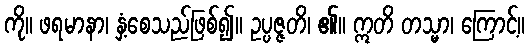
ကို။ ဖရမာနာ၊ နှံ့စေသည်ဖြစ်၍။ ဥပ္ပဇ္ဇတိ၊ ၏။ ဣတိ တသ္မာ၊ ကြောင့်။